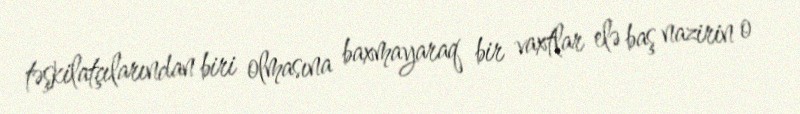
təşkilatçılarından biri olmasına baxmayaraq bir vaxtlar elə baş nazirin o